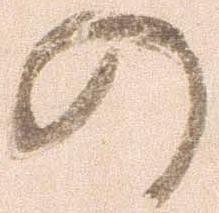
の